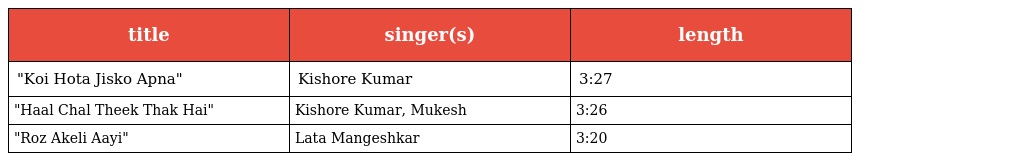
| title | singer(s) | length |
 | --- | --- | --- |
 | "Koi Hota Jisko Apna" | Kishore Kumar | 3:27 |
 | "Haal Chal Theek Thak Hai" | Kishore Kumar, Mukesh | 3:26 |
 | "Roz Akeli Aayi" | Lata Mangeshkar | 3:20 |